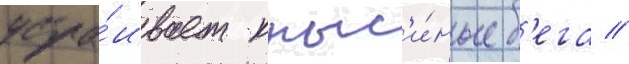
устра́ивает крыс'и́ные б'ега //